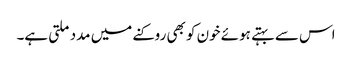
اس سے بہتے ہوئے خون کو بھی روکنے میں مدد ملتی ہے۔